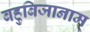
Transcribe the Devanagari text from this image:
बहुबिजानाम्